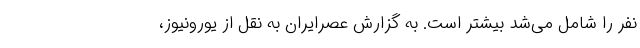
نفر را شامل می‌شد بیشتر است. به گزارش عصرایران به نقل از یورونیوز،